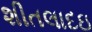
શીતલાદઇ